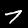
Label: 7